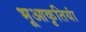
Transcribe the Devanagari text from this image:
भूआकृतियां